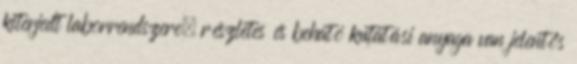
kiterjedt laborrendszere, részletes és beható kutatási anyaga van jelentős